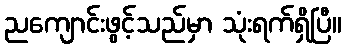
ညကျောင်းဖွင့်သည်မှာ သုံးရက်ရှိပြီ။